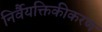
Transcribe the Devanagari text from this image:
निर्वैयक्तिकीकरण